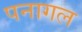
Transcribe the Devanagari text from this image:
पनागल